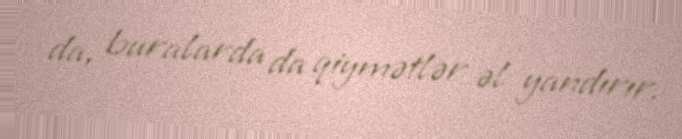
da, buralarda da qiymətlər əl yandırır.